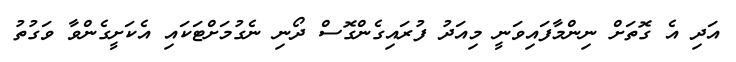
އަދި އެ ގޮތަށް ނިންމާފައިވަނީ މިއަދު ފުރައިގެންގޮސް ދޯނި ނެގުމަށްޓަކައި އެކަށީގެންވާ ވަގުތު